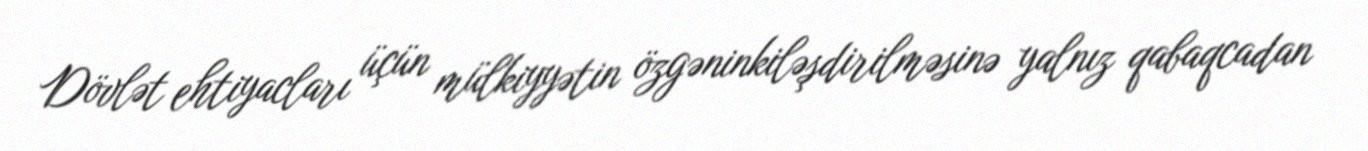
Dövlət ehtiyacları üçün mülkiyyətin özgəninkiləşdirilməsinə yalnız qabaqcadan